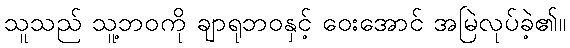
သူသည် သူ့ဘဝကို ချာရုဘဝနှင့် ဝေးအောင် အမြဲလုပ်ခဲ့၏။